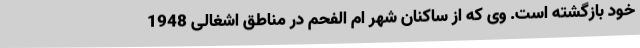
خود بازگشته است. وی که از ساکنان شهر ام الفحم در مناطق اشغالی 1948